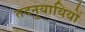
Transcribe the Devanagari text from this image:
तदनुयायियों